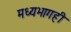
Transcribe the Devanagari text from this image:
मध्यभागही